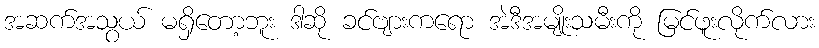
အဆက်အသွယ် မရှိတော့ဘူး ဒါဆို ခင်ဗျားကရော အဲဒီအမျိုးသမီးကို မြင်ဖူးလိုက်လား